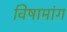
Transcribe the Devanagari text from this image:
विषामांग